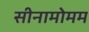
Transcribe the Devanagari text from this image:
सीनामोमम